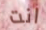
انت